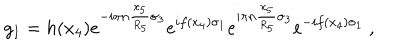
LaTeX: g _ { I } = h ( x _ { 4 } ) e ^ { - i \pi n { \frac { x _ { 5 } } { R _ { 5 } } } \sigma _ { 3 } } e ^ { i f ( x _ { 4 } ) \sigma _ { 1 } } e ^ { i \pi n { \frac { x _ { 5 } } { R _ { 5 } } } \sigma _ { 3 } } e ^ { - i f ( x _ { 4 } ) \sigma _ { 1 } } \ ,